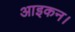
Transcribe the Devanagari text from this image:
आइकन।